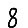
Digit: 8